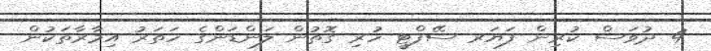
4 ދުވަަސް ކުރިން ފަޔަރ ސޭފްޓީ ހުރި ގޮތުން ލަންޑަންގެ ހަތަރު އިމާރާތަކުން